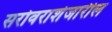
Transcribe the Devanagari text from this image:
सरोवराशेजारील